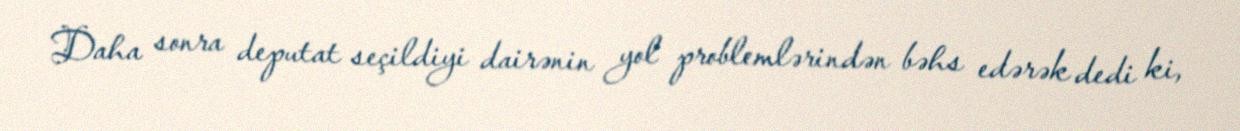
Daha sonra deputat seçildiyi dairənin yol problemlərindən bəhs edərək dedi ki,